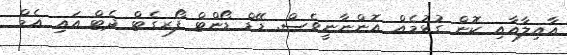
އާއިލާއާއި ކޮން ގުޅުމެއް އޮންނާނީވެސް. ޑޭޑް ޑޯންޓް ފޯރގެޓް ދެޓް އައި އެމް